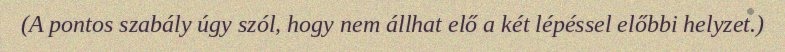
(A pontos szabály úgy szól, hogy nem állhat elő a két lépéssel előbbi helyzet.)